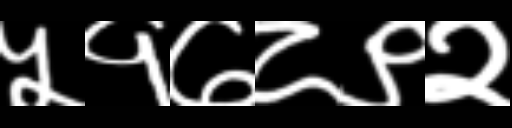
Text: ५१७८९२